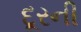
દૂરની